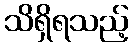
သိရှိရသည့်